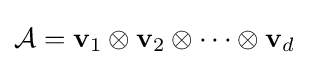
{\mathcal {A}}=\mathbf {v} _{1}\otimes \mathbf {v} _{2}\otimes \cdots \otimes \mathbf {v} _{d}